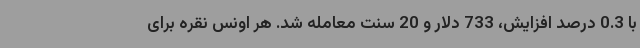
با 0.3 درصد افزایش، 733 دلار و 20 سنت معامله شد. هر اونس نقره برای